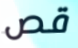
قص